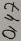
Text: 0,47